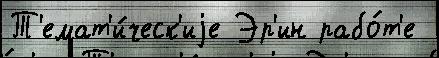
Т'емат'и́ческ'иjе Эр'ин рабо́т'е